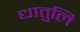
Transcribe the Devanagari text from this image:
धातुलि